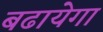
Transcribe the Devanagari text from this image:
बढायेगा